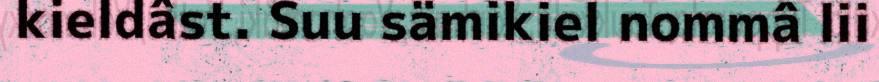
kieldâst. Suu sämikiel nommâ lii